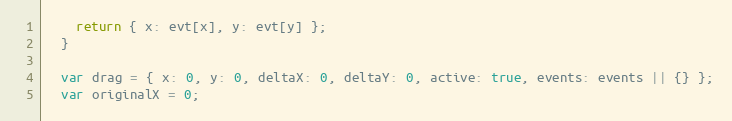
Language: JavaScript
    return { x: evt[x], y: evt[y] };
  }

  var drag = { x: 0, y: 0, deltaX: 0, deltaY: 0, active: true, events: events || {} };
  var originalX = 0;